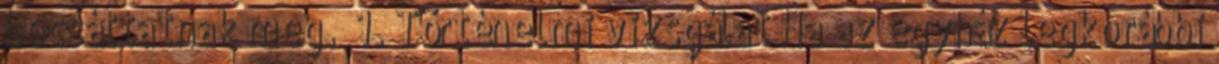
bocsáttatnak meg.” 1. Történelmi vizsgálat Ha az egyház legkorábbi